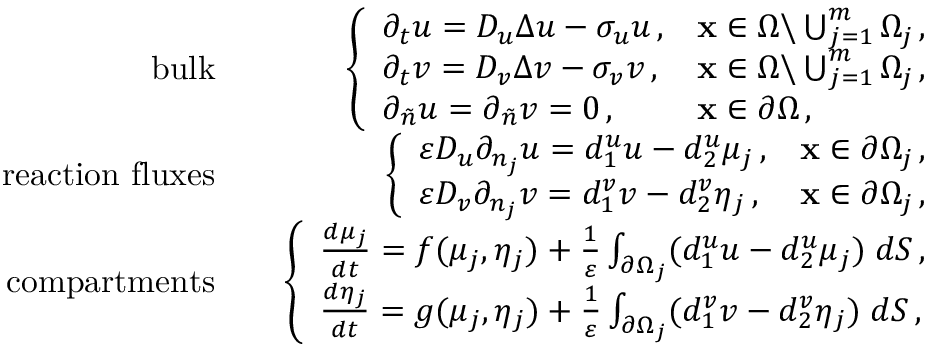
\begin{array} { r l r } { \mathrm { b u l k } } & { } & { \left\{ \begin{array} { l l } { \partial _ { t } u = D _ { u } \Delta u - \sigma _ { u } u \, , } & { { \bf x } \in \Omega \backslash \bigcup _ { j = 1 } ^ { m } \Omega _ { j } \, , } \\ { \partial _ { t } v = D _ { v } \Delta v - \sigma _ { v } v \, , } & { { \bf x } \in \Omega \backslash \bigcup _ { j = 1 } ^ { m } \Omega _ { j } \, , } \\ { \partial _ { \tilde { n } } u = \partial _ { \tilde { n } } v = 0 \, , } & { { \bf x } \in \partial \Omega \, , } \end{array} \right. } \\ { \mathrm { r e a c t i o n ~ f l u x e s } } & { } & { \left\{ \begin{array} { l l } { \varepsilon D _ { u } \partial _ { n _ { j } } u = d _ { 1 } ^ { u } u - d _ { 2 } ^ { u } \mu _ { j } \, , } & { { \bf x } \in \partial \Omega _ { j } \, , } \\ { \varepsilon D _ { v } \partial _ { n _ { j } } v = d _ { 1 } ^ { v } v - d _ { 2 } ^ { v } \eta _ { j } \, , } & { { \bf x } \in \partial \Omega _ { j } \, , } \end{array} \right. } \\ { \mathrm { c o m p a r t m e n t s } } & { } & { \left\{ \begin{array} { l l } { \frac { d \mu _ { j } } { d t } = f ( \mu _ { j } , \eta _ { j } ) + \frac { 1 } { \varepsilon } \int _ { \partial \Omega _ { j } } ( d _ { 1 } ^ { u } u - d _ { 2 } ^ { u } \mu _ { j } ) \; d S \, , } \\ { \frac { d \eta _ { j } } { d t } = g ( \mu _ { j } , \eta _ { j } ) + \frac { 1 } { \varepsilon } \int _ { \partial \Omega _ { j } } ( d _ { 1 } ^ { v } v - d _ { 2 } ^ { v } \eta _ { j } ) \; d S \, , } \end{array} \right. } \end{array}